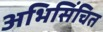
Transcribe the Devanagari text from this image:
अभिसिंचित